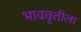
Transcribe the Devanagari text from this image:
भाववृत्तीला